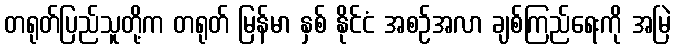
တရုတ်ပြည်သူတို့က တရုတ် မြန်မာ နှစ် နိုင်ငံ အစဉ်အလာ ချစ်ကြည်ရေးကို အမြဲ